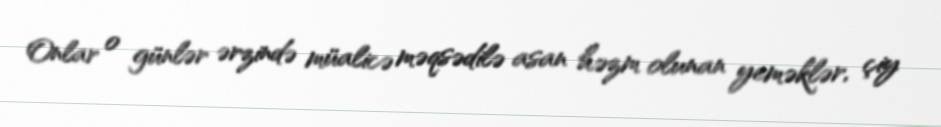
Onlar o günlər ərzində müalicə məqsədilə asan həzm olunan yeməklər, çiy